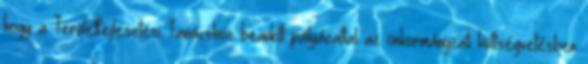
hogy a Területfejlesztési Tanácshoz beadott pályázattal az önkormányzati költségvetésben